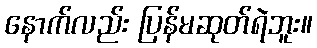
နောက်လည်း ပြန်မဆုတ်ရဲဘူး။